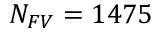
{ N _ { F V } = 1 4 7 5 }